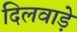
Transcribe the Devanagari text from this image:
दिलवाड़े